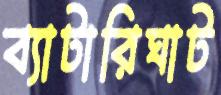
ব্যাটারিঘাট